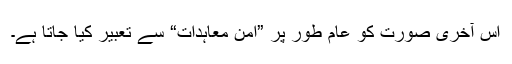
اس آخری صورت کو عام طور پر ”امن معاہدات“ سے تعبیر کیا جاتا ہے۔